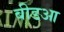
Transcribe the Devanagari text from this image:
बीडआ